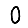
Digit: 0